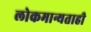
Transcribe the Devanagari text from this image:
लोकमान्यताही